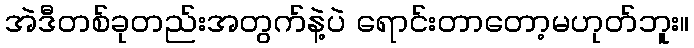
အဲဒီတစ်ခုတည်းအတွက်နဲ့ပဲ ရောင်းတာတော့မဟုတ်ဘူး။